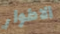
الاطوار